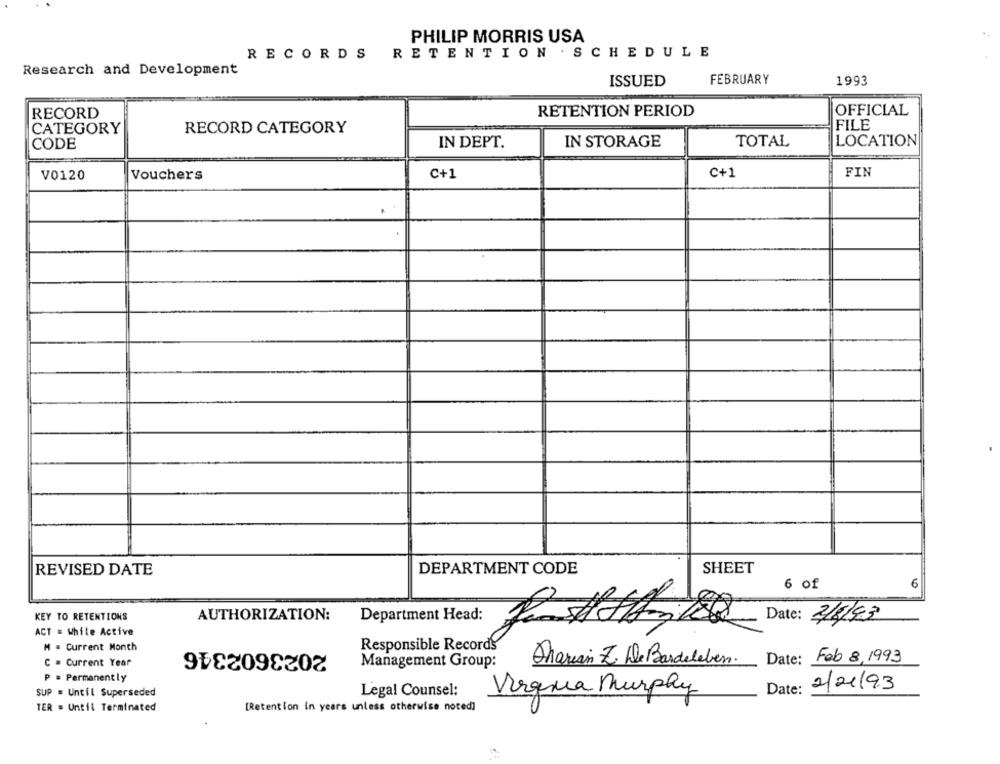
PHILIP MORRIS USA
RECORDS RETENTION . SCHEDULE
Research and Development
ISSUED
FEBRUARY
1993
RECORD
RETENTION PERIOD
OFFICIAL
CATEGORY
RECORD CATEGORY
FILE
CODE
IN DEPT.
IN STORAGE
TOTAL
LOCATION
V0120
Vouchers
C+1
C+1
FIN
REVISED DATE
DEPARTMENT CODE
SHEET
6 of
6
KEY TO RETENTIONS
AUTHORIZATION:
Department Head:
Date: 2/5/93
ACT = While Active
M = Current Month
2023602346
Responsible Records
Date: Feb 8,1993
C = Current Year
Management Group:
Aharian Z. De Bardeleben.
P = Permanently
2/21/93
SUP = Until Superseded
Legal Counsel:
Vierqua Murphy
Date:
TER = Until Terminated
[Retention in years unless otherwise noted]